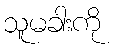
သူမခါးကို